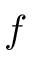
f